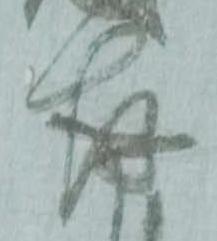
存